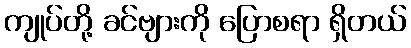
ကျုပ်တို့ ခင်ဗျားကို ပြောစရာ ရှိတယ်